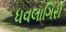
ધવલાગિરી